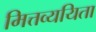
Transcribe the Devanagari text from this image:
मित्तव्ययिता